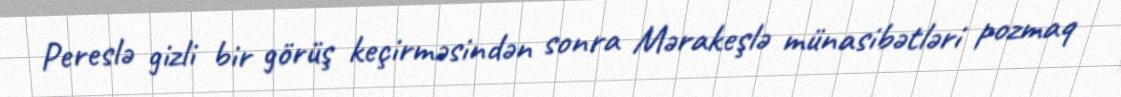
Pereslə gizli bir görüş keçirməsindən sonra Mərakeşlə münasibətləri pozmaq